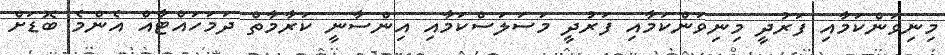
މިނިވަންކަމާއި ފަރުދީ މިނިވަންކަމާއި ފަރުދީ މަސަލަސްކަމާއި އިންސާނީ ކަރާމާތް ދަމަހައްޓާއް އެންމެ ބޮޑަށް